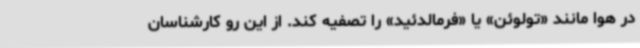
در هوا مانند «تولوئن» یا «فرمالدئید» را تصفیه کند. از این رو کارشناسان